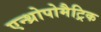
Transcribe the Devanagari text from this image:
एन्थ्रोपोमैट्रिक